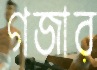
গজার